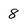
Character: 8